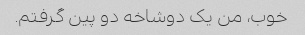
خوب، من یک دوشاخه دو پین گرفتم.